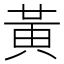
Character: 黃